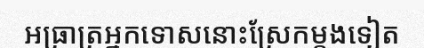
អធ្រាត្រអ្នកទោសនោះស្រែកម្តងទៀត